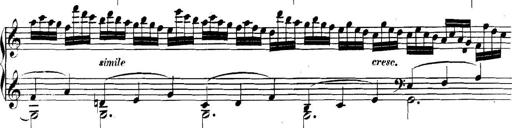
Title: Collected Piano Sonatas
Composer: Muzio Clementi